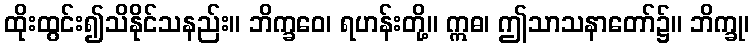
ထိုးထွင်း၍သိနိုင်သနည်း။ ဘိက္ခဝေ၊ ရဟန်းတို့။ ဣဓ၊ ဤသာသနာတော်၌။ ဘိက္ခု၊